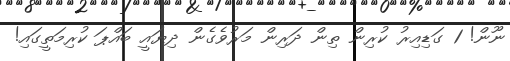
ނޫން! 1 ގަޑިއިރު ކުރިން ތިން ދަރިން މަރުވެގެން ދިޔައީ ބައްޕަ ކުރިމަތީގައި!